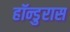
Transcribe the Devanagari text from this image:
हॉन्डुरास